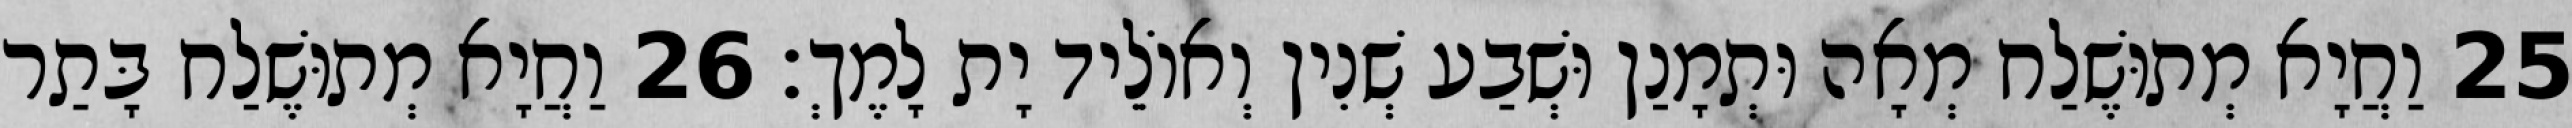
25 וַחֲיָא מְתוּשֶׁלַח מְאָה וּתְמָנַן וּשְׁבַע שְׁנִין וְאוֹלֵיד יָת לָמֶךְ׃ 26 וַחֲיָא מְתוּשֶׁלַח בָּתַר